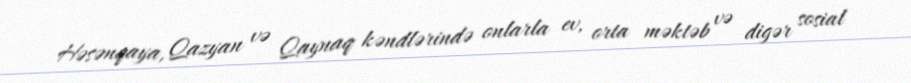
Həsənqaya, Qazyan və Qaynaq kəndlərində onlarla ev, orta məktəb və digər sosial